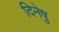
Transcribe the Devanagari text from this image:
दिनेषु